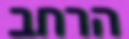
הרחב